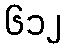
၆၁၂